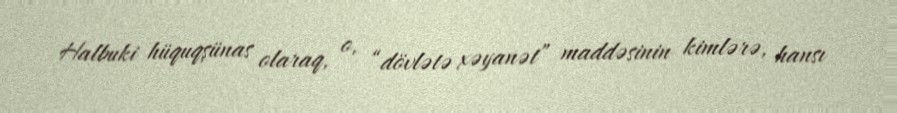
Halbuki hüquqşünas olaraq, o, “dövlətə xəyanət” maddəsinin kimlərə, hansı